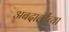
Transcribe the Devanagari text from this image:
अबदालीच्या